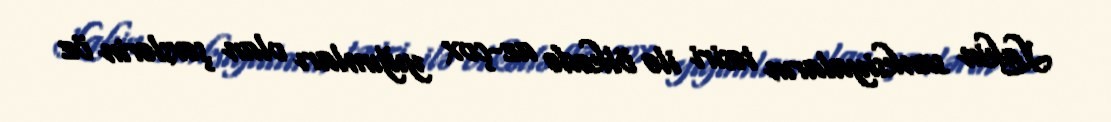
Lakin sanksiyaların təsiri ilə ölkədə az-çox yığımları olan şəxslərin öz